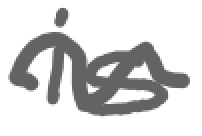
Text: is
Cross-out: wave
Writing tool: digital_gray